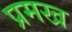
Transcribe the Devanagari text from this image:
प्रमख